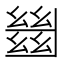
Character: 𢇍